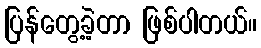
ပြန်တွေ့ခဲ့တာ ဖြစ်ပါတယ်။